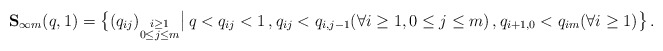
\begin{align*}\begin{aligned}\mathbf{S}_{\infty m} (q,1) = \big\{ (q_{ij})_{\substack{i \geq 1 \\ 0 \leq j \leq m}} \big| \, q < q_{ij} < 1 \,, q_{ij} < q_{i,j-1} (\forall i \geq 1, 0 \leq j \leq m) \,, q_{i+1,0} < q_{im} (\forall i \geq 1) \big\} \,.\end{aligned}\end{align*}